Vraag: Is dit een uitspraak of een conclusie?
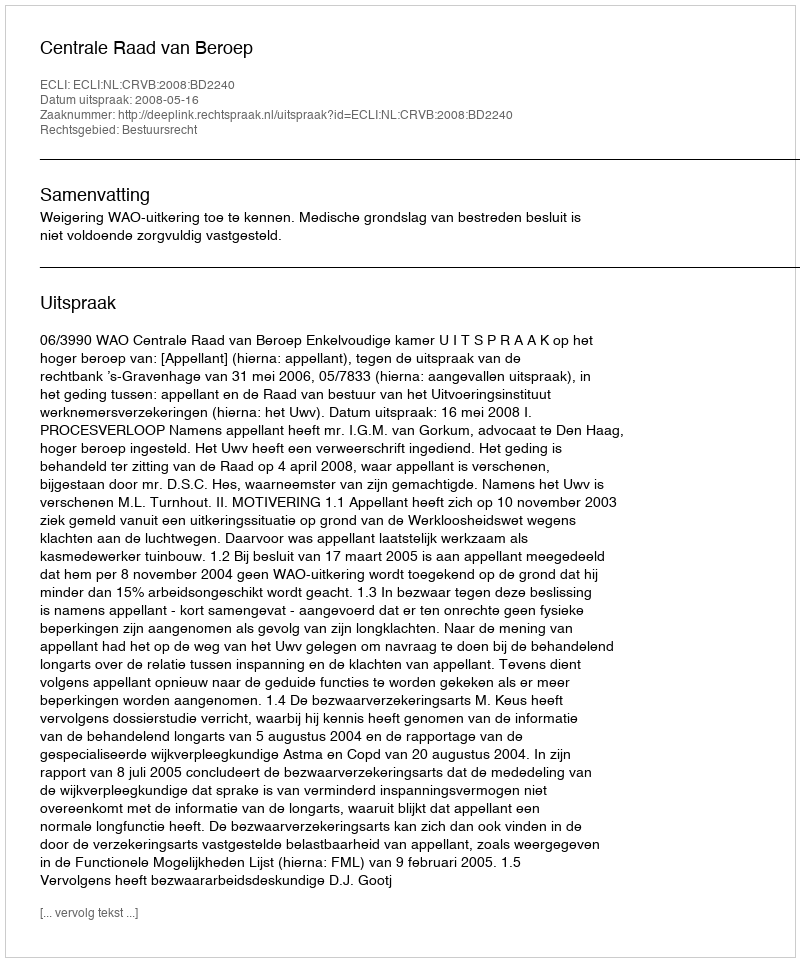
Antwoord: Uitspraak